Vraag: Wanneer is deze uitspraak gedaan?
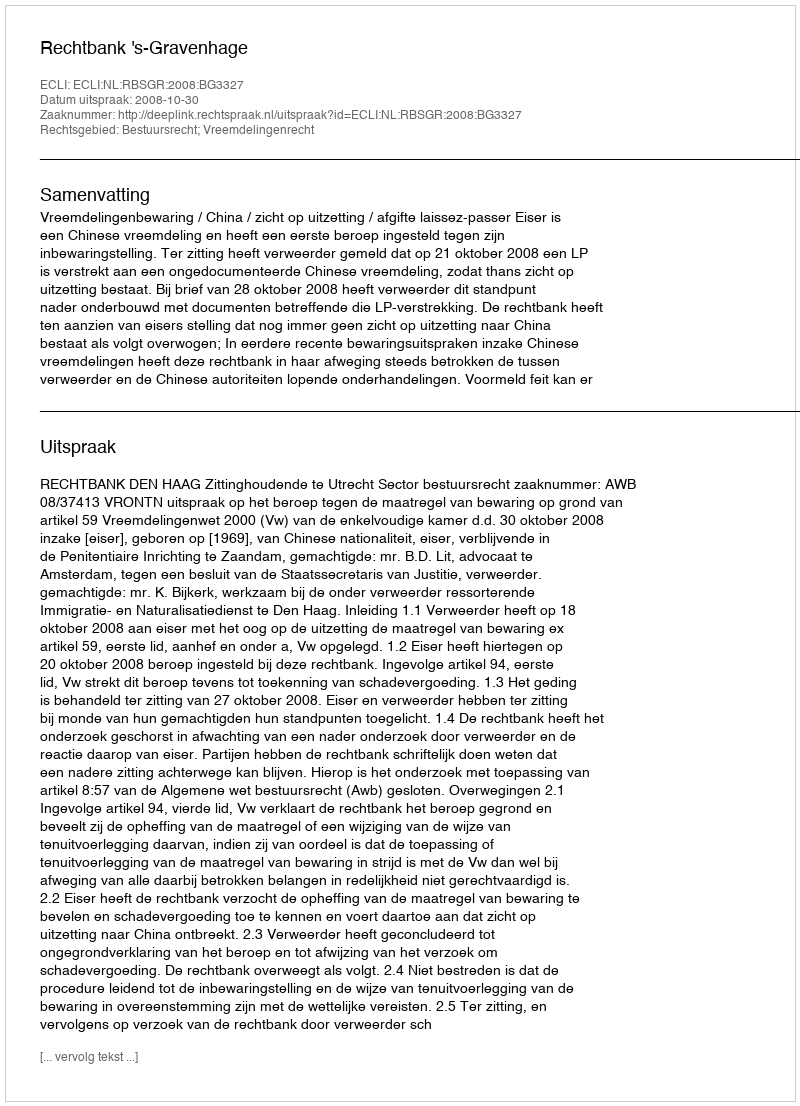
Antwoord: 2008-10-30